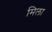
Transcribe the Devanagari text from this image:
मिला